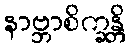
နာဗ္ဘာစိက္ခန္တိ